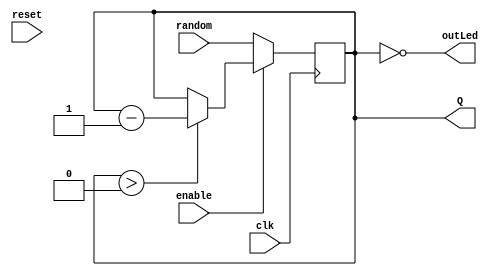
module Down_counter(random,reset,enable,clk,outLed,Q); //works
	input [11:0] random;
	input clk,enable,reset;
	output reg [11:0] Q;
	output reg outLed = 0;
	
	always @(posedge clk) begin 
		if(enable == 0) begin
			Q <= random;
		end else if(enable == 1) begin
			if(Q > 0)
				Q <= Q - 1;
		end
	end
	
	always @(*) begin
		outLed = (Q == 0);
	end
endmodule